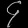
Digit: ၄